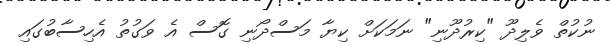
ނުކުތް ވެލިދޫ "ކިރުދޫނި" ނަމަކަށް ކިޔާ މަސްދޯނި ގޮސް އެ ވަގުތު އެހިސާބުގައި